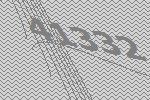
41332